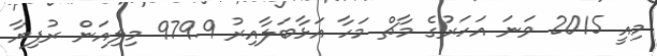
މިއީ 2015 ވަނަ އަހަރުގެ މާޗް މަހާ އަޅާބަލާއިރު 979.9 މިލިއަން ރުފިޔާ